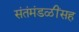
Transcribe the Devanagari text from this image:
संतंमंडळींसह